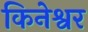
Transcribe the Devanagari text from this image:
किनेश्वर